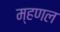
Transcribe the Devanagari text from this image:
म्‍हणल